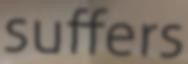
suffers